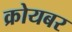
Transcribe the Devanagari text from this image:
क्रोयबर